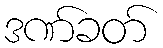
ဒဏ်ခတ်